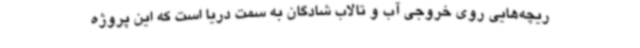
ریچه‌هایی روی خروجی آب و تالاب شادگان به سمت دریا است که این پروژه